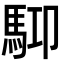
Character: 𩢞